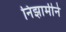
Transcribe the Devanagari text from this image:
निझामीने